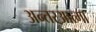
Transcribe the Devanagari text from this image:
अन्तरआत्मा